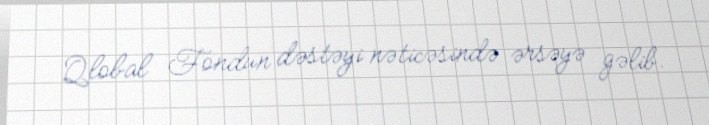
Qlobal Fondun dəstəyi nəticəsində ərsəyə gəlib.